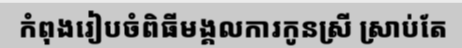
កំពុងរៀបចំពិធីមង្គលការកូនស្រី ស្រាប់តែ